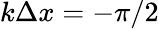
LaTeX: k\Delta x=-\pi/2